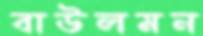
বাউলমন